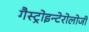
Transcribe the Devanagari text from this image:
गैस्ट्रोइन्टेरोलोजी